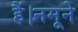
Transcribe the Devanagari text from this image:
हैं।नमूने